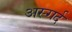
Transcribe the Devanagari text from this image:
अस्गर्द